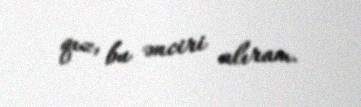
qız, bu ənciri alıram.